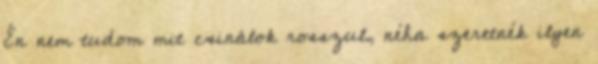
Én nem tudom mit csinálok rosszul, néha szeretnék ilyen